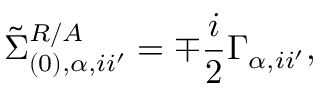
\tilde { \Sigma } _ { ( 0 ) , \alpha , i i ^ { \prime } } ^ { R / A } = \mp \frac { i } { 2 } \Gamma _ { \alpha , i i ^ { \prime } } ,